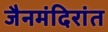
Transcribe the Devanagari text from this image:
जैनमंदिरांत